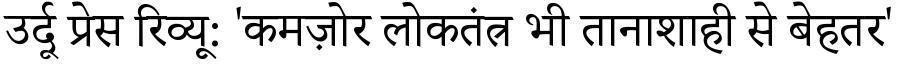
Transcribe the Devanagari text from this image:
उर्दू प्रेस रिव्यू: 'कमज़ोर लोकतंत्र भी तानाशाही से बेहतर'